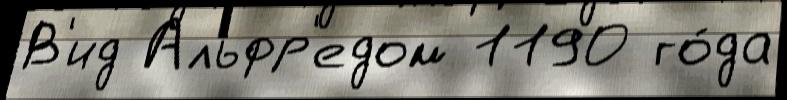
В'ид Альфр'едом 1190 го́да